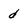
Character: d